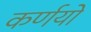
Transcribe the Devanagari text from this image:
कर्णयो